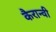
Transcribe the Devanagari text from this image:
कैरान्वी